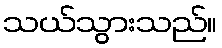
သယ်သွားသည်။